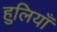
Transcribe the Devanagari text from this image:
हुलियाँ